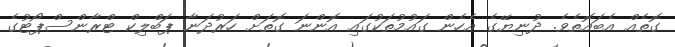
ގޮތެއް އެބައޮތެވެ. ދުނިޔޭގެ އެހެން ގައުމުތަކުގައި އޮންނަ ގޮތަށް ހަރުދަނާ ޕަބްލިކް ޓްރާންސްޕޯޓުގެ